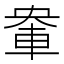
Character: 𮝈